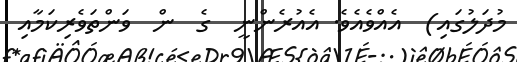
މުދަލުގައި)  އެއްވެއެވެ. އެއުރެންނީ  ގެ  ން  ވަންތަވެރިކަމާއި